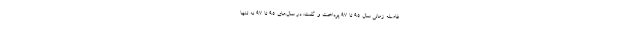
فاصله زمانی سال ۹۵ تا ۹۷ پرداخت و گفت: در سال‌های ۹۵ تا ۹۷ نه ‌تنها